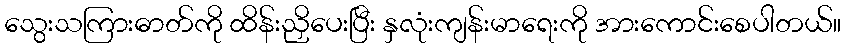
သွေးသကြားဓာတ်ကို ထိန်းညှိပေးပြီး နှလုံးကျန်းမာရေးကို အားကောင်းစေပါတယ်။